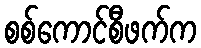
စစ်ကောင်စီဖက်က